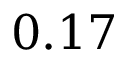
0 . 1 7